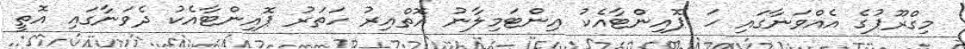
މިގްރޫޕުގެ އެއްވަނާގައި ހަ ޕޮއިންޓާއެކު އިންޓަމިލާނު އޮތްއިރު ހަތަރު ޕޮއިންޓާއެކު ދެވަނާގައި އޮތީ